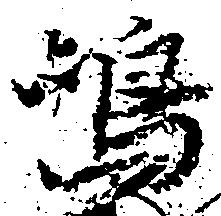
嶋